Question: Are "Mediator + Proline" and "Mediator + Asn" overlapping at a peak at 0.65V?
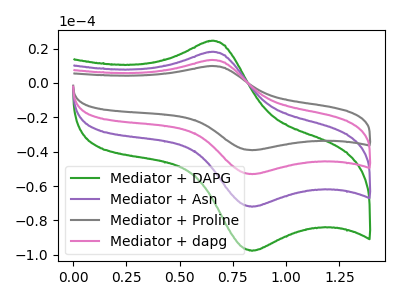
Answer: <think>The green curve "Mediator + DAPG" has an anodic peak at (0.65V, 24.40uA) and a cathodic peak at (0.85V, -97.60uA). The purple curve "Mediator + Asn" has an anodic peak at (0.65V, 17.95uA) and a cathodic peak at (0.85V, -72.00uA). The gray curve "Mediator + Proline" has an anodic peak at (0.65V, 53.90uA) and a cathodic peak at (0.85V, -215.95uA). The pink curve "Mediator + dapg" has an anodic peak at (0.65V, 35.95uA) and a cathodic peak at (0.85V, -143.95uA).</think>
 <answer>Yes, "Mediator + Proline" and "Mediator + Asn" share a peak at 0.65V.</answer>
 <eval>match</eval>